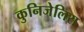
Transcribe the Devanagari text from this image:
कुनिजेलिस